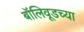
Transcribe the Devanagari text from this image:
बॉलिवूडच्या